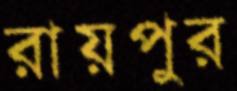
রায়পুর